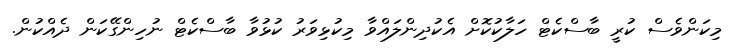
މިކަންވެސް ކުރީ ބާސްކެޓް ހަލާކުކޮށް އެކުދިންލައްވާ މިކުޅިވަރު ކުޅުވާ ބާސްކެޓް ނުހިންގޭކަން ދެއްކުން.